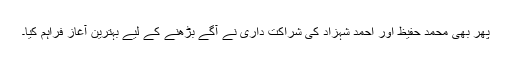
پھر بھی محمد حفیظ اور احمد شہزاد کی شراکت داری نے آگے بڑھنے کے لیے بہترین آغاز فراہم کیا۔